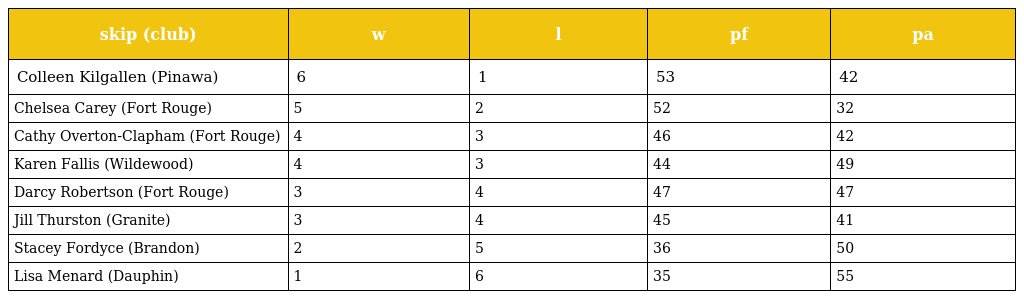
| skip (club) | w | l | pf | pa |
 | --- | --- | --- | --- | --- |
 | Colleen Kilgallen (Pinawa) | 6 | 1 | 53 | 42 |
 | Chelsea Carey (Fort Rouge) | 5 | 2 | 52 | 32 |
 | Cathy Overton-Clapham (Fort Rouge) | 4 | 3 | 46 | 42 |
 | Karen Fallis (Wildewood) | 4 | 3 | 44 | 49 |
 | Darcy Robertson (Fort Rouge) | 3 | 4 | 47 | 47 |
 | Jill Thurston (Granite) | 3 | 4 | 45 | 41 |
 | Stacey Fordyce (Brandon) | 2 | 5 | 36 | 50 |
 | Lisa Menard (Dauphin) | 1 | 6 | 35 | 55 |